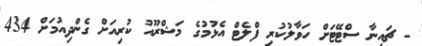
- ޗައިނާ ސްޓޭޓަށް ހަވާލުކުރި ފްލެޓް އެޅުމުގެ މަޝްރޫއު ކުރިއަށް ގެންދިއުމަށް 434